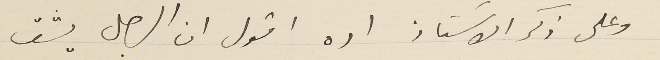
وعلى ذكر الاستاذ اده اقول ان الرجل يثق